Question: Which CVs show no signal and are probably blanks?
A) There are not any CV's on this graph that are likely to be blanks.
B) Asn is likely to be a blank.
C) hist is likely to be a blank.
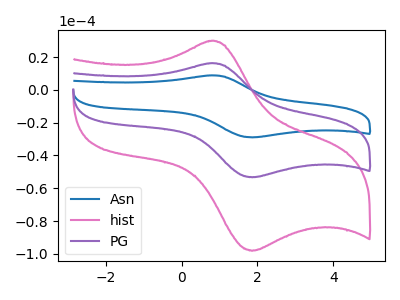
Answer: <think>The blue curve "Asn" has an anodic peak at (0.75V, 32.40uA) and a cathodic peak at (1.85V, -106.65uA). The pink curve "hist" has an anodic peak at (0.75V, 29.80uA) and a cathodic peak at (1.85V, -98.15uA). The purple curve "PG" has an anodic peak at (0.75V, 16.20uA) and a cathodic peak at (1.85V, -53.35uA).</think>
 <answer>A) There are not any CV's on this graph that are likely to be blanks.</answer>
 <eval>A</eval>